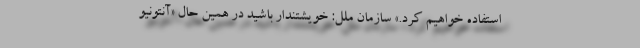
استفاده خواهیم کرد.» سازمان ملل: خویشتندار باشید در همین حال «آنتونیو